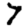
Digit: 7